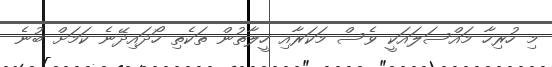
މި ހުރިހާ މައްސަލައަކީ ވެސް މަކަރާއި ހީލާތުން ތަކެތި ހޯދައިދޭނެ ކަމަށް ބުނެ